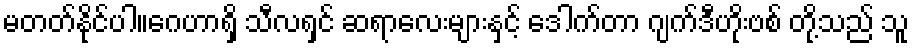
မတတ်နိုင်ပါ။ဂေဟာရှိ သီလရှင် ဆရာလေးများနှင့် ဒေါက်တာ ဂျက်ဒီဟိုးဗစ် တို့သည် သူ